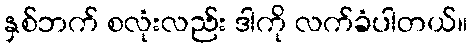
နှစ်ဘက် စလုံးလည်း ဒါကို လက်ခံပါတယ်။